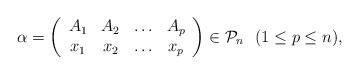
LaTeX: \begin{align*} \alpha=\left( \begin{array}{cccc} A_{1} & A_{2} & \ldots & A_{p} \\ x_{1} & x_{2} & \ldots & x_{p} \end{array} \right)\in \mathcal{P}_{n} ~~ (1\leq p\leq n), \end{align*}